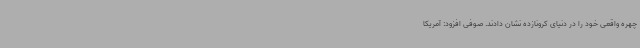
چهره واقعی خود را در دنیای کرونازده نشان دادند. صوفی افزود: آمریکا